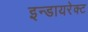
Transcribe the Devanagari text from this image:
इन्डायरेक्ट